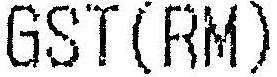
GST(RM)